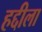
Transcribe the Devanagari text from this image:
हद्दीला